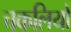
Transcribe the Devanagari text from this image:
चकलियों